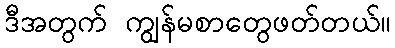
ဒီအတွက် ကျွန်မစာတွေဖတ်တယ်။